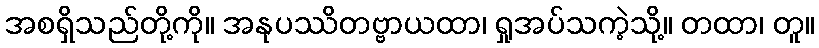
အစရှိသည်တို့ကို။ အနုပဿိတဗ္ဗာယထာ၊ ရှုအပ်သကဲ့သို့။ တထာ၊ တူ။